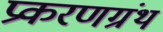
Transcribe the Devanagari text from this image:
प्रकरणग्रंथ